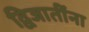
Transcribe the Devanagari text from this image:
द्विजातींना